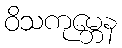
ဝိသကုမ္ဘေန